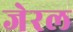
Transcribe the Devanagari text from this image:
जेरल